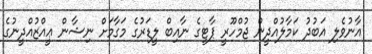
އާނުވެލި އަބުދު ކަމާލުއްދީން ޖުމްހޫރީ ޕާޓީގެ ނާއިބް ލީޑަރުގެ މަގާމަށް ނިޝާން ޢީއްޒުއްދީނުގެ